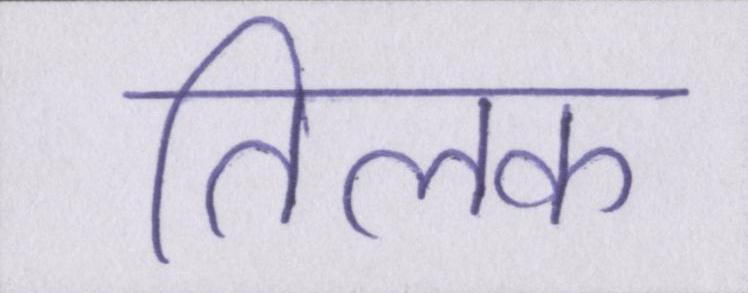
तिलक